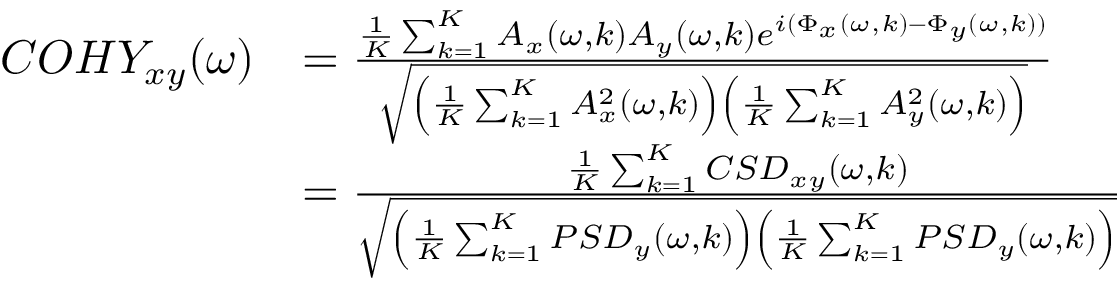
\begin{array} { r l } { C O H Y _ { x y } ( \omega ) } & { = \frac { \frac { 1 } { K } \sum _ { k = 1 } ^ { K } A _ { x } ( \omega , k ) A _ { y } ( \omega , k ) e ^ { i ( \Phi _ { x } ( \omega , k ) - \Phi _ { y } ( \omega , k ) ) } } { \sqrt { \left( \frac { 1 } { K } \sum _ { k = 1 } ^ { K } A _ { x } ^ { 2 } ( \omega , k ) \right) \left( \frac { 1 } { K } \sum _ { k = 1 } ^ { K } A _ { y } ^ { 2 } ( \omega , k ) \right) } } } \\ & { = \frac { \frac { 1 } { K } \sum _ { k = 1 } ^ { K } C S D _ { x y } ( \omega , k ) } { \sqrt { \left( \frac { 1 } { K } \sum _ { k = 1 } ^ { K } P S D _ { y } ( \omega , k ) \right) \left( \frac { 1 } { K } \sum _ { k = 1 } ^ { K } P S D _ { y } ( \omega , k ) \right) } } } \end{array}